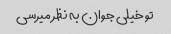
تو خیلی جوان به نظر میرسی